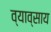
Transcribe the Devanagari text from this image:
व्याव्साय